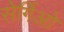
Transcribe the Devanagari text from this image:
सेर्गिओ